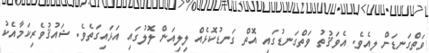
ވަތްގަނޑަށް ލިއެވެ. އެވަޤުތު ވަތްގަނޑުގައި އޮތް ގަނޑުކޮޅެއް ލިލިއަން ލޮލުގައި އަޅައިގަތެވެ. ޝައުޤުވެރިކަމާއެކު